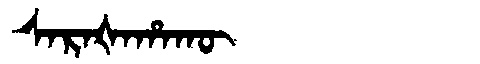
Manchu: ᠰᠠᡵᠠᡧᠠᡥᠠᡴᡡ
Romanization: SARAŠAHAKŪ